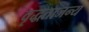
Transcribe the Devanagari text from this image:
वृद्धताजन्य